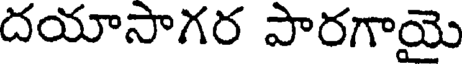
దయాసాగర పారగాయె